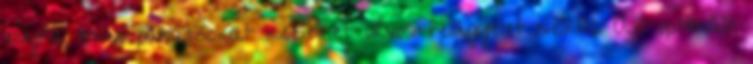
enyhe, múló panaszokat kezelhet orvosi felügyelet nélkül. Az optimális